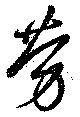
労